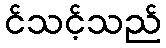
င်သင့်သည်